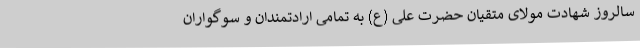
سالروز شهادت مولای متقیان حضرت علی (ع) به تمامی ارادتمندان و سوگواران